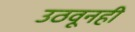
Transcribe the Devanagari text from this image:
उठवूनही